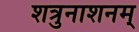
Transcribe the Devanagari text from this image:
शत्रुनाशनम्